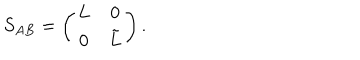
S _ { A B } = \left( \begin{array} { c c } { { L } } & { { 0 } } \\ { { 0 } } & { { \tilde { L } } } \\ \end{array} \right) .